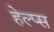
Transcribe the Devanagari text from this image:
हेल्प्स